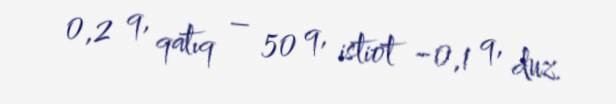
0,2 q, qatıq – 50 q, istiot −0,1 q, duz.